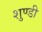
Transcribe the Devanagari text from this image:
शुण्डी